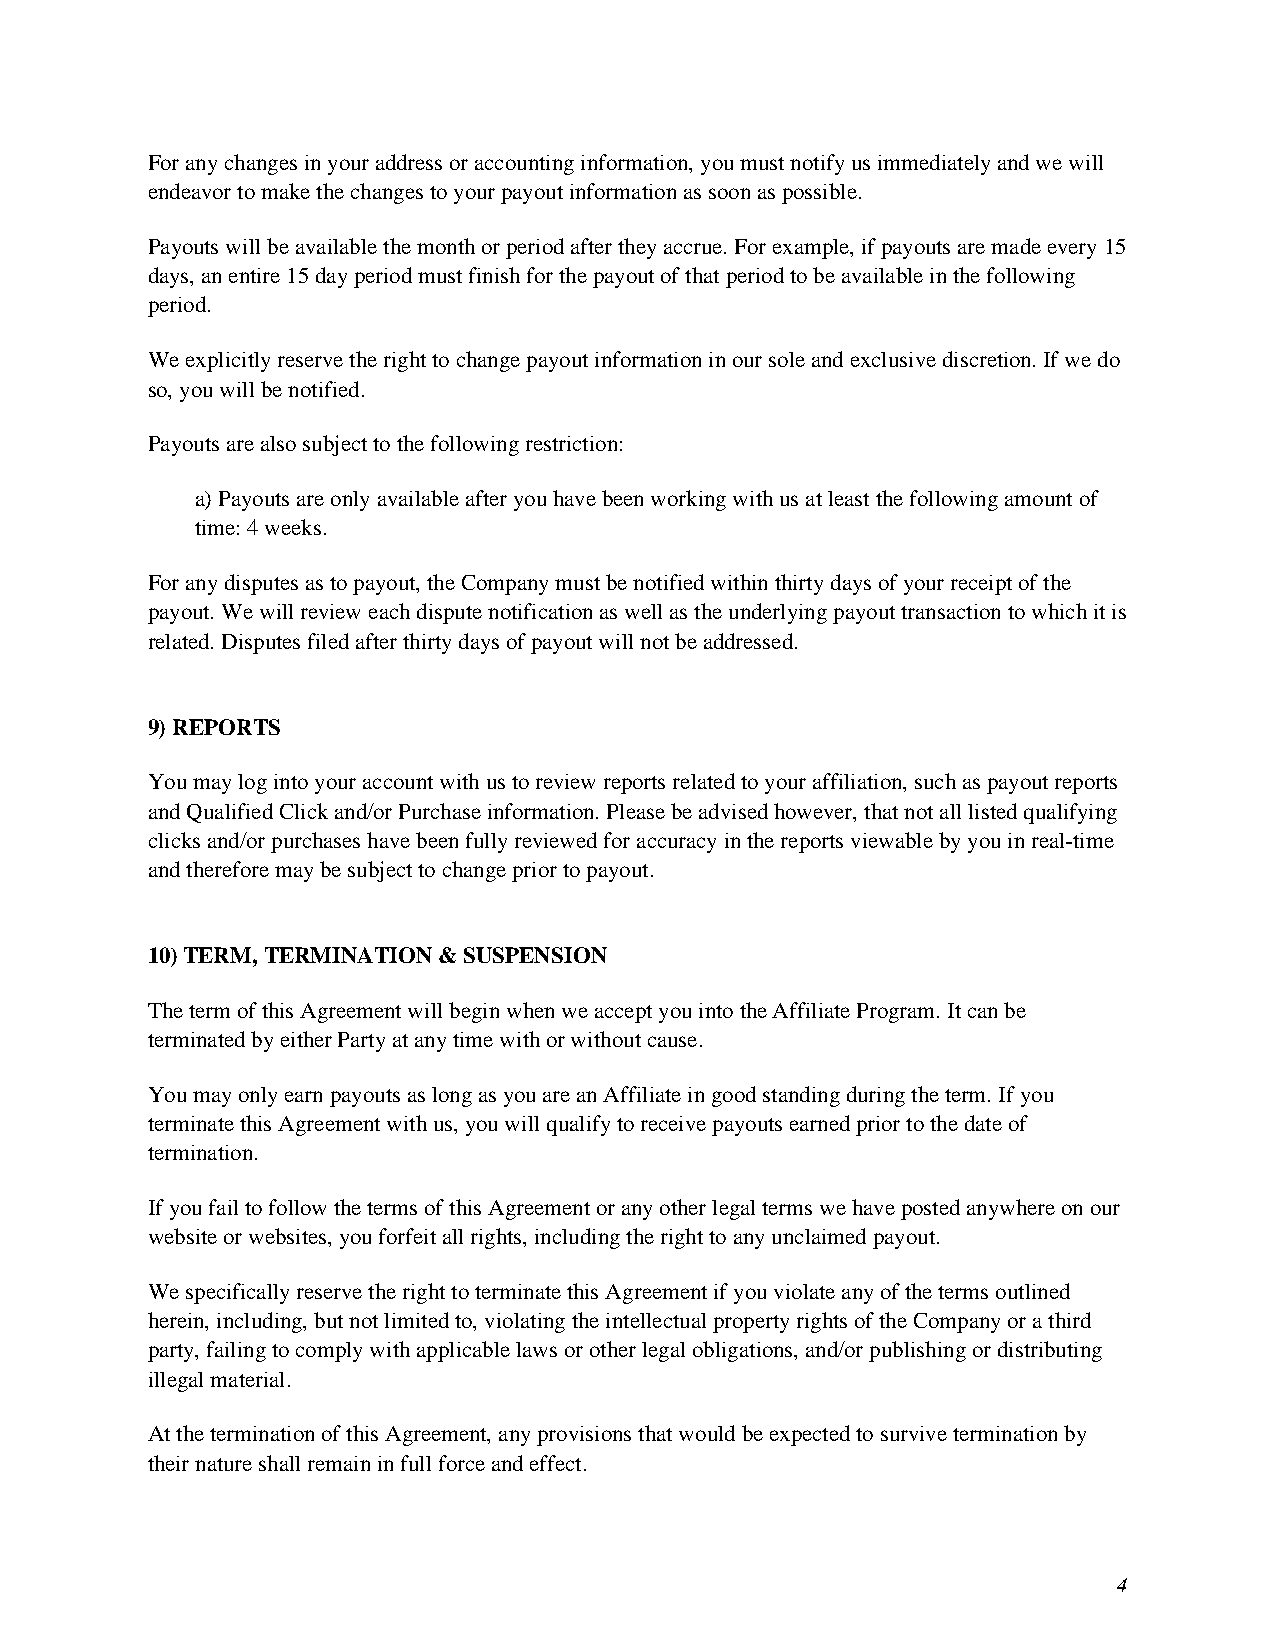
For any changes in your address or accounting information, you must notify us immediately and we will
 endeavor to make the changes to your payout information as soon as possible.
 Payouts will be available the month or period after they accrue. For example, if payouts are made every 15
 days, an entire 15 day period must finish for the payout of that period to be available in the following
 period.
 We explicitly reserve the right to change payout information in our sole and exclusive discretion. If we do
 so, you will be notified.
 Payouts are also subject to the following restriction:
 a) Payouts are only available after you have been working with us at least the following amount of
 time: 4 weeks.
 For any disputes as to payout, the Company must be notified within thirty days of your receipt of the
 payout. We will review each dispute notification as well as the underlying payout transaction to which it is
 related. Disputes filed after thirty days of payout will not be addressed.
 9) REPORTS
 You may log into your account with us to review reports related to your affiliation, such as payout reports
 and Qualified Click and/or Purchase information. Please be advised however, that not all listed qualifying
 clicks and/or purchases have been fully reviewed for accuracy in the reports viewable by you in real-time
 and therefore may be subject to change prior to payout.
 10) TERM, TERMINATION & SUSPENSION
 The term of this Agreement will begin when we accept you into the Affiliate Program. It can be
 terminated by either Party at any time with or without cause.
 You may only earn payouts as long as you are an Affiliate in good standing during the term. If you
 terminate this Agreement with us, you will qualify to receive payouts earned prior to the date of
 termination.
 If you fail to follow the terms of this Agreement or any other legal terms we have posted anywhere on our
 website or websites, you forfeit all rights, including the right to any unclaimed payout.
 We specifically reserve the right to terminate this Agreement if you violate any of the terms outlined
 herein, including, but not limited to, violating the intellectual property rights of the Company or a third
 party, failing to comply with applicable laws or other legal obligations, and/or publishing or distributing
 illegal material.
 At the termination of this Agreement, any provisions that would be expected to survive termination by
 their nature shall remain in full force and effect.
 4